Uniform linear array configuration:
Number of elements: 24
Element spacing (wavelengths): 1
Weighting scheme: uniform
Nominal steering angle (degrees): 0
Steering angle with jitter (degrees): -0.8335
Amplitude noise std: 0.05
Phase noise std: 0.05

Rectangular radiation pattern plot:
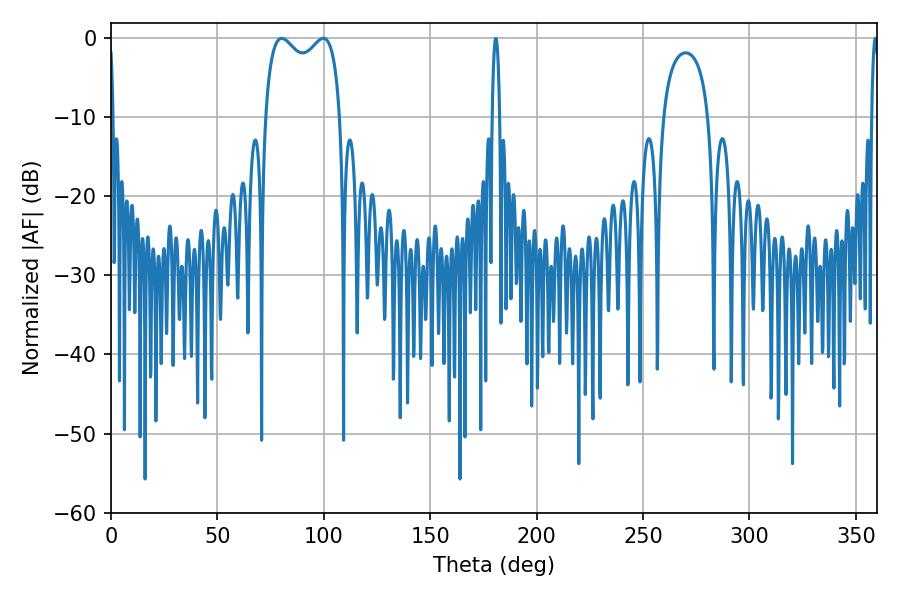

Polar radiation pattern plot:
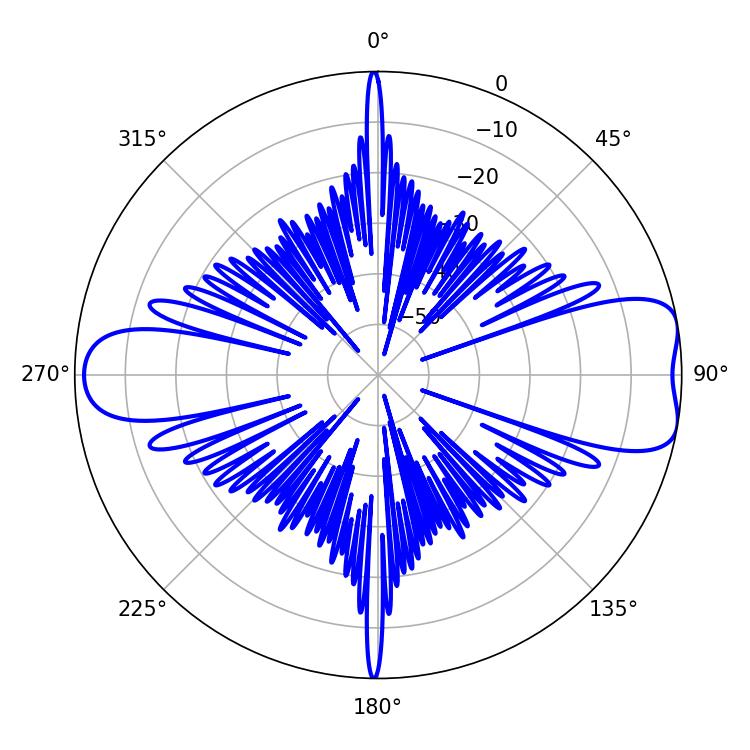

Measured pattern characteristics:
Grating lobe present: TRUE
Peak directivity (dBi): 8.621
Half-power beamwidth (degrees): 29.16
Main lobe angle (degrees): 80.28